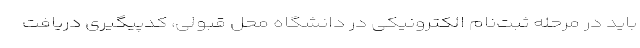
باید در مرحله ثبت‌نام الکترونیکی در دانشگاه محل قبولی، کدپیگیری دریافت